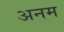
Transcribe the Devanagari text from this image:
अनम